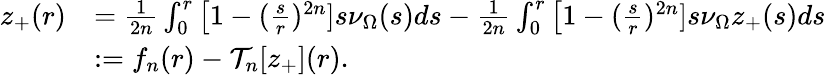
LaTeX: \begin{array}{rl}{z_{+}(r)}&{=\frac{1}{2n}\int_{0}^{r}\big[1-(\frac{s}{r})^{2n}]s\nu_{\Omega}(s)ds-\frac{1}{2n}\int_{0}^{r}\big[1-(\frac{s}{r})^{2n}]s\nu_{\Omega}z_{+}(s)ds}\\ &{:=f_{n}(r)-\mathcal{T}_{n}[z_{+}](r).}\end{array}